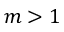
m > 1